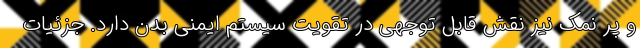
و پر نمک نیز نقش قابل توجهی در تقویت سیستم ایمنی بدن دارد. جزئیات